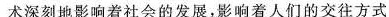
术深刻地影响着社会的发展，影响着人们的交往方式